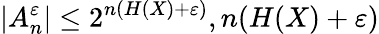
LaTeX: \left|A_{n}^{\varepsilon}\right|\leq 2^{n(H(X)+\varepsilon)},n(H(X)+\varepsilon)